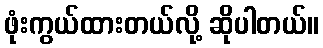
ဖုံးကွယ်ထားတယ်လို့ ဆိုပါတယ်။